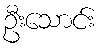
ဦးသောင်း